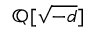
\mathbb { Q } [ { \sqrt { - d } } ]